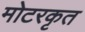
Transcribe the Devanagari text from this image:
मोटरकृत